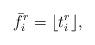
LaTeX: \begin{align*}\bar{f}_i^r &= \lfloor t_i^r \rfloor,\end{align*}